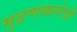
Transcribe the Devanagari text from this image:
मुद्रणकलेची